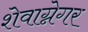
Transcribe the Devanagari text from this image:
शेवाग्नेगर